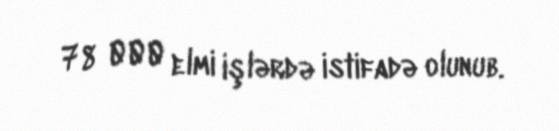
78 000 elmi işlərdə istifadə olunub.